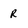
Character: r